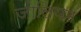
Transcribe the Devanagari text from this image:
जोलियम